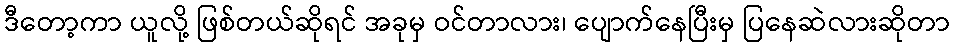
ဒီတော့ကာ ယူလို့ ဖြစ်တယ်ဆိုရင် အခုမှ ဝင်တာလား၊ ပျောက်နေပြီးမှ ပြနေဆဲလားဆိုတာ